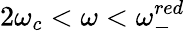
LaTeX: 2\omega_{c}<\omega<\omega_{-}^{red}